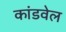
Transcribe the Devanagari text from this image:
कांडवेल